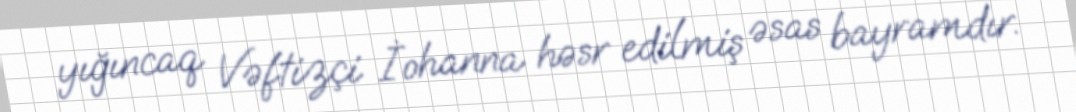
yığıncaq Vəftizçi İohanna həsr edilmiş əsas bayramdır.